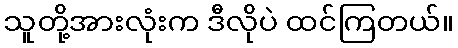
သူတို့အားလုံးက ဒီလိုပဲ ထင်ကြတယ်။